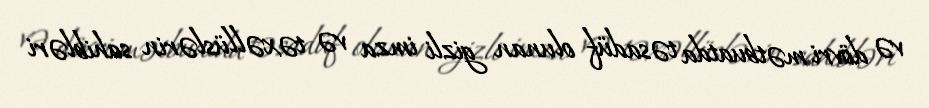
və dövri mətbuatda təsadüf olunan gizli imza və təxəllüslərin sahibləri